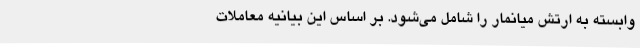
وابسته به ارتش میانمار را شامل می‌شود. بر اساس این بیانیه معاملات